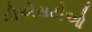
વીએસટીઓ